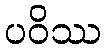
ပဝိဿ